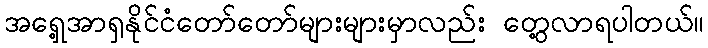
အရှေ့အာရှနိုင်ငံတော်တော်များများမှာလည်း တွေ့လာရပါတယ်။